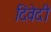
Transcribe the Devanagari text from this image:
दिवेदी